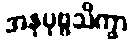
အနုပုဗ္ဗသိက္ခာ